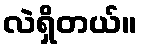
လဲရှိတယ်။